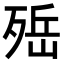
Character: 𣨡